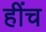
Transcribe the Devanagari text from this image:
हींच